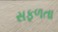
સફળતા